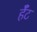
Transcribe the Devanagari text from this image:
र्हँट